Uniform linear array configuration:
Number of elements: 12
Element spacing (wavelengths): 0.5
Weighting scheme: exponential
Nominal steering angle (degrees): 30
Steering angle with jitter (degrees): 29.394
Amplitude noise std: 0.05
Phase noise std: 0.05

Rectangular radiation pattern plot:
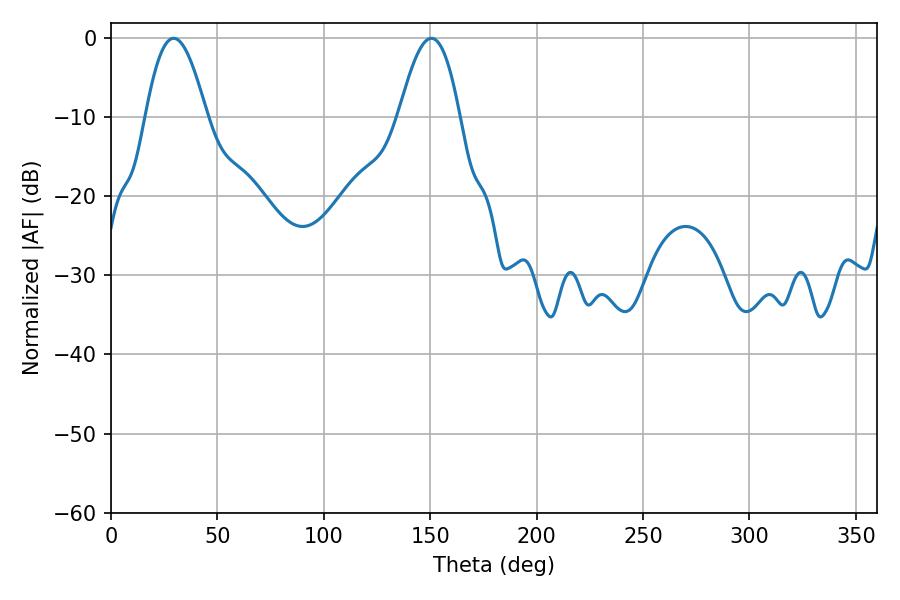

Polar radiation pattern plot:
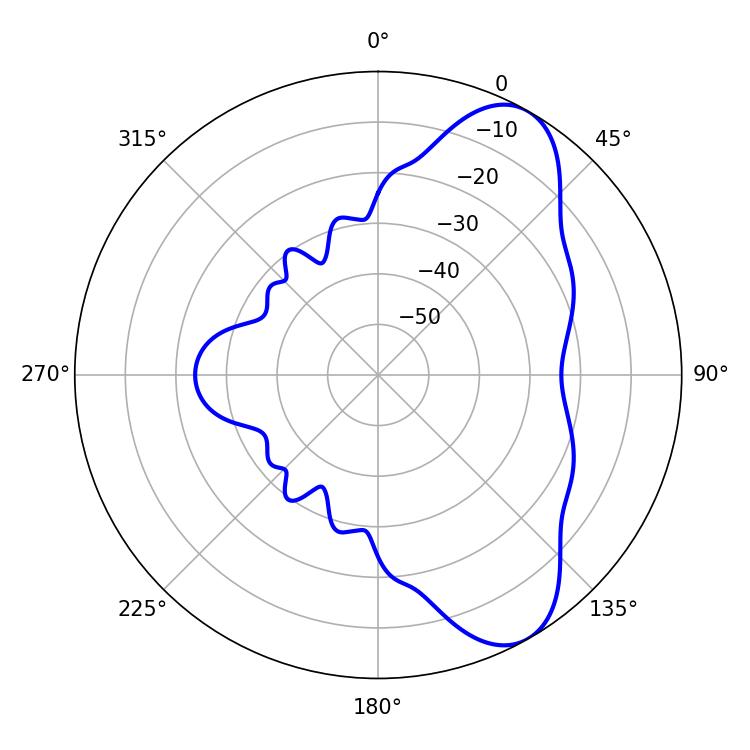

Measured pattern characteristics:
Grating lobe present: FALSE
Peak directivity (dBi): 8.036
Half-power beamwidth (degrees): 15.66
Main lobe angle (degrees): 29.52